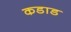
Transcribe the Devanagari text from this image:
कडाड